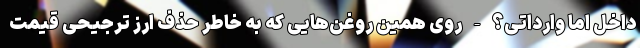
داخل اما وارداتی؟ - روی همین روغن‌هایی که به خاطر حذف ارز ترجیحی قیمت